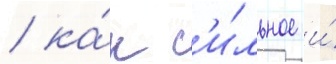
/ ка́к с'и́льное и́